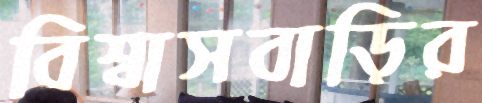
বিশ্বাসবাড়ির